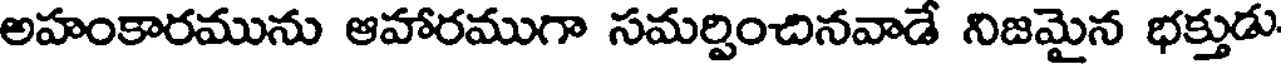
అహంకారమును ఆహారముగా సమర్పించినవాడే నిజమైన భక్తుడు